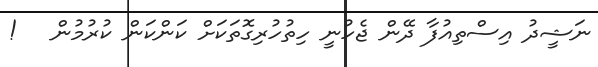
ނަޝީދު އިސްތިއުފާ ދޭން ޖެހުނީ ހިތުހުރިގޮތަކަށް ކަންކަން ކުރުމުން   !